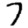
Digit: 7